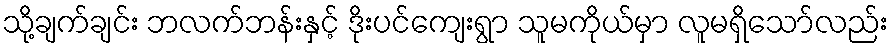
သို့ချက်ချင်း ဘလက်ဘန်းနှင့် ဒိုးပင်ကျေးရွာ သူမကိုယ်မှာ လူမရှိသော်လည်း